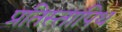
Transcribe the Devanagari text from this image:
प्रतिस्तापिथ